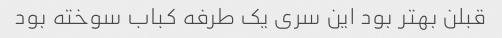
قبلن بهتر بود این سری یک طرفه کباب سوخته بود